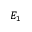
E _ { 1 }